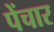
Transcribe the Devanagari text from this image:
पेंचार